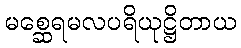
မစ္ဆေရမလပရိယုဋ္ဌိတာယ